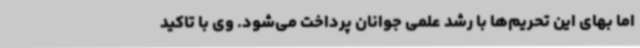
اما بهای این تحریم‌ها با رشد علمی جوانان پرداخت می‌شود. وی با تاکید